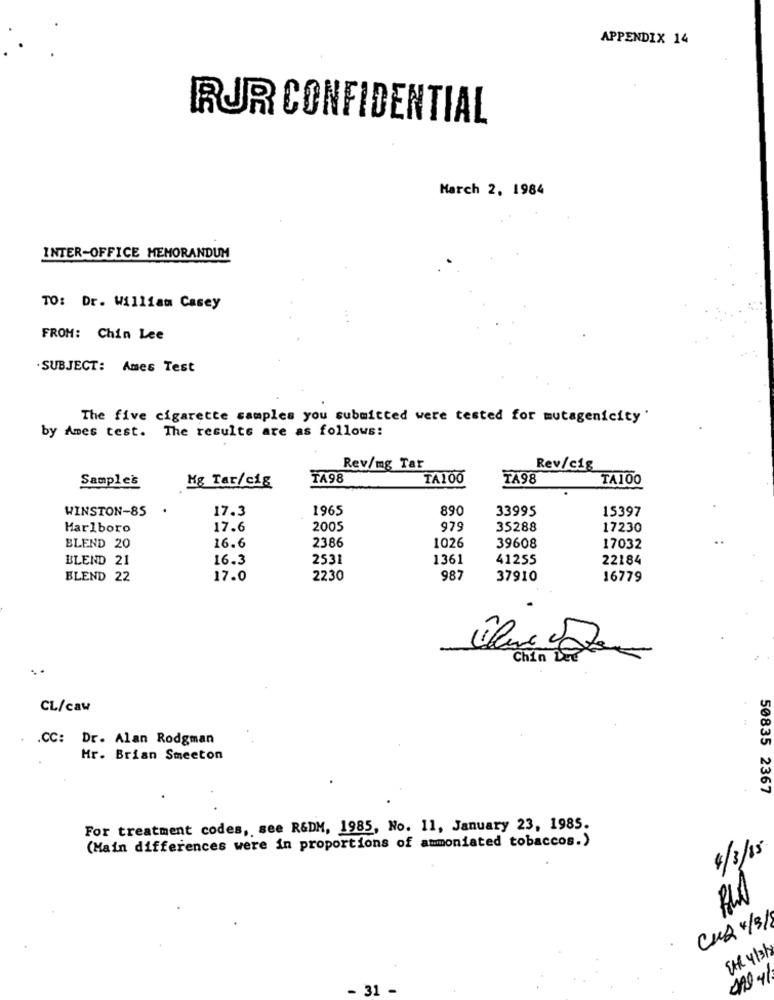
APPENDIX 14
RUR CONFIDENTIAL
March 2. 1984
INTER-OFFICE MEMORANDUM
TO: Dr. William Casey
FROM: Chin Lee
. SUBJECT: Ames Test
The five cigarette samples you submitted were tested for mutagenicity'
by Ames test. The results are as follows:
Rev/mg Tar
Rev/cig
Sample's
Kg Tar/cig
TA98
TA100
TA98
TA100
WINSTON-85
.
1965
890
33995
15397
17.3
Marlboro
17.6
2005
979
35288
17230
16.6
BLEND 20
2386
1026
39608
17032
BLEND 21
16.3
2531
1361
41255
22184
BLEND 22
17.0
2230
987
37910
16779
Chin LEE
CL/caw
.CC: Dr. Alan Rodgman
Hr. Brian Smeeton
50835 2367
For treatment codes, see R&DM, 1985, No. 11, January 23, 1985.
(Main differences were in proportions of ammoniated tobaccos.)
8/3/05
CU2 +/3/
SHR 4/3/
31 -